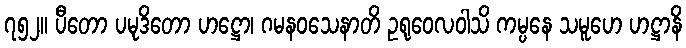
၇၅၂။ ပီတော ပမုဒိတော ဟဋ္ဌော၊ ဂမနဝသေနာတိ ဥရုဝေလဝါသိ ကမ္ပနေ သမူဟေ ဟဋ္ဌာနိ